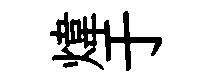
煒于